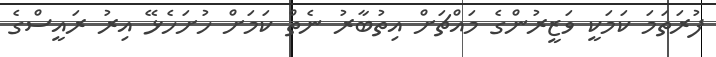
ފުރަތަމަ ކަމަކީ ވަޒީރުންގެ މައްޗަށް އިތުބާރު ނެތް ކަމަށް ހުށަހެޅޭ އިރު ރައީސްގެ